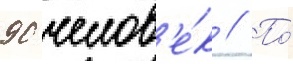
90 челов'е́к // По́